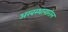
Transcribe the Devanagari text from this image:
अरबस्थानातील